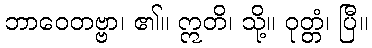
ဘာဝေတဗ္ဗာ၊ ၏။ ဣတိ၊ သို့။ ဝုတ္တံ၊ ပြီ။